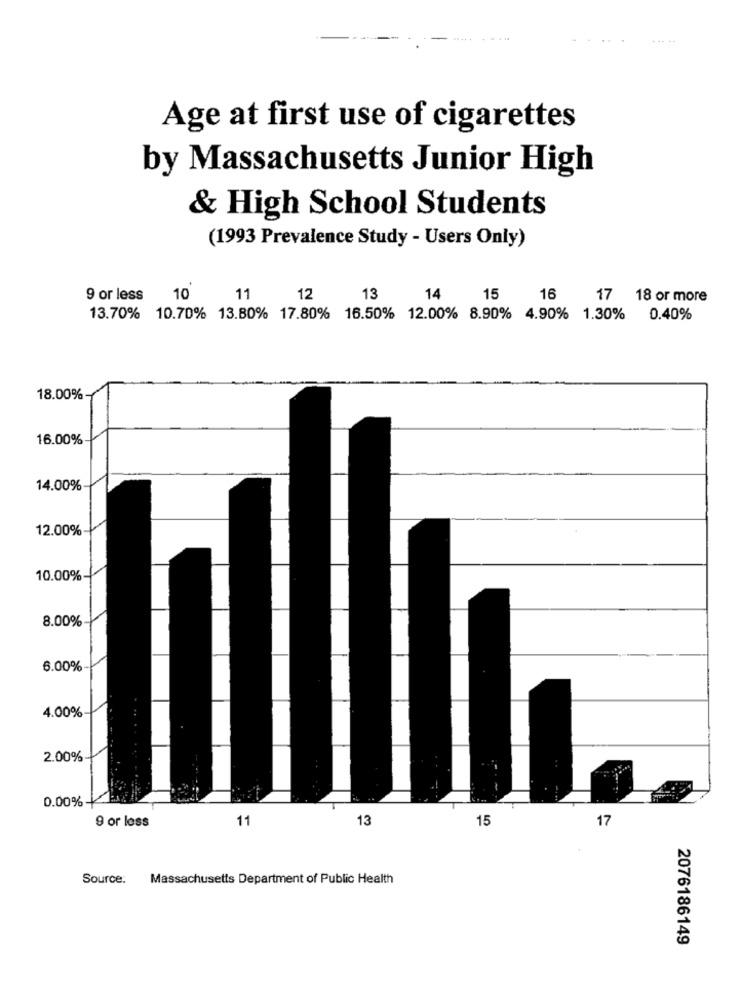
Age at first use of cigarettes
by Massachusetts Junior High
& High School Students
(1993 Prevalence Study - Users Only)
9 or less
10
11
12
13
14
15
16
17 18 or more
13.70% 10.70% 13.80% 17.80% 16.50% 12.00% 8.90% 4.90% 1.30% 0.40%
18.00%
16.00%
14.00%
12.00%
10.00%-
8.00%
6.00%
4.00%
2.00%
0.00%
9 or loss
11
13
15
17
Source:
Massachusetts Department of Public Health
2076186149